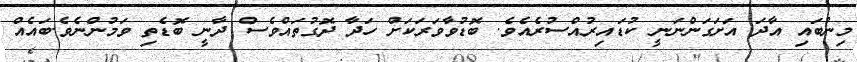
މިނުބައި އާދަ އަށަގަންނަނީ ކުޑައިރުއްސުރެއެވެ. ބޮޑުވާވަރަކަށް ހަދާ ދޮގުތައްވެސް ދާނީ ބޮޑެތި ވަމުންނެވެ.ބައެއް